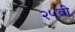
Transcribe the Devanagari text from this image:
२५वी